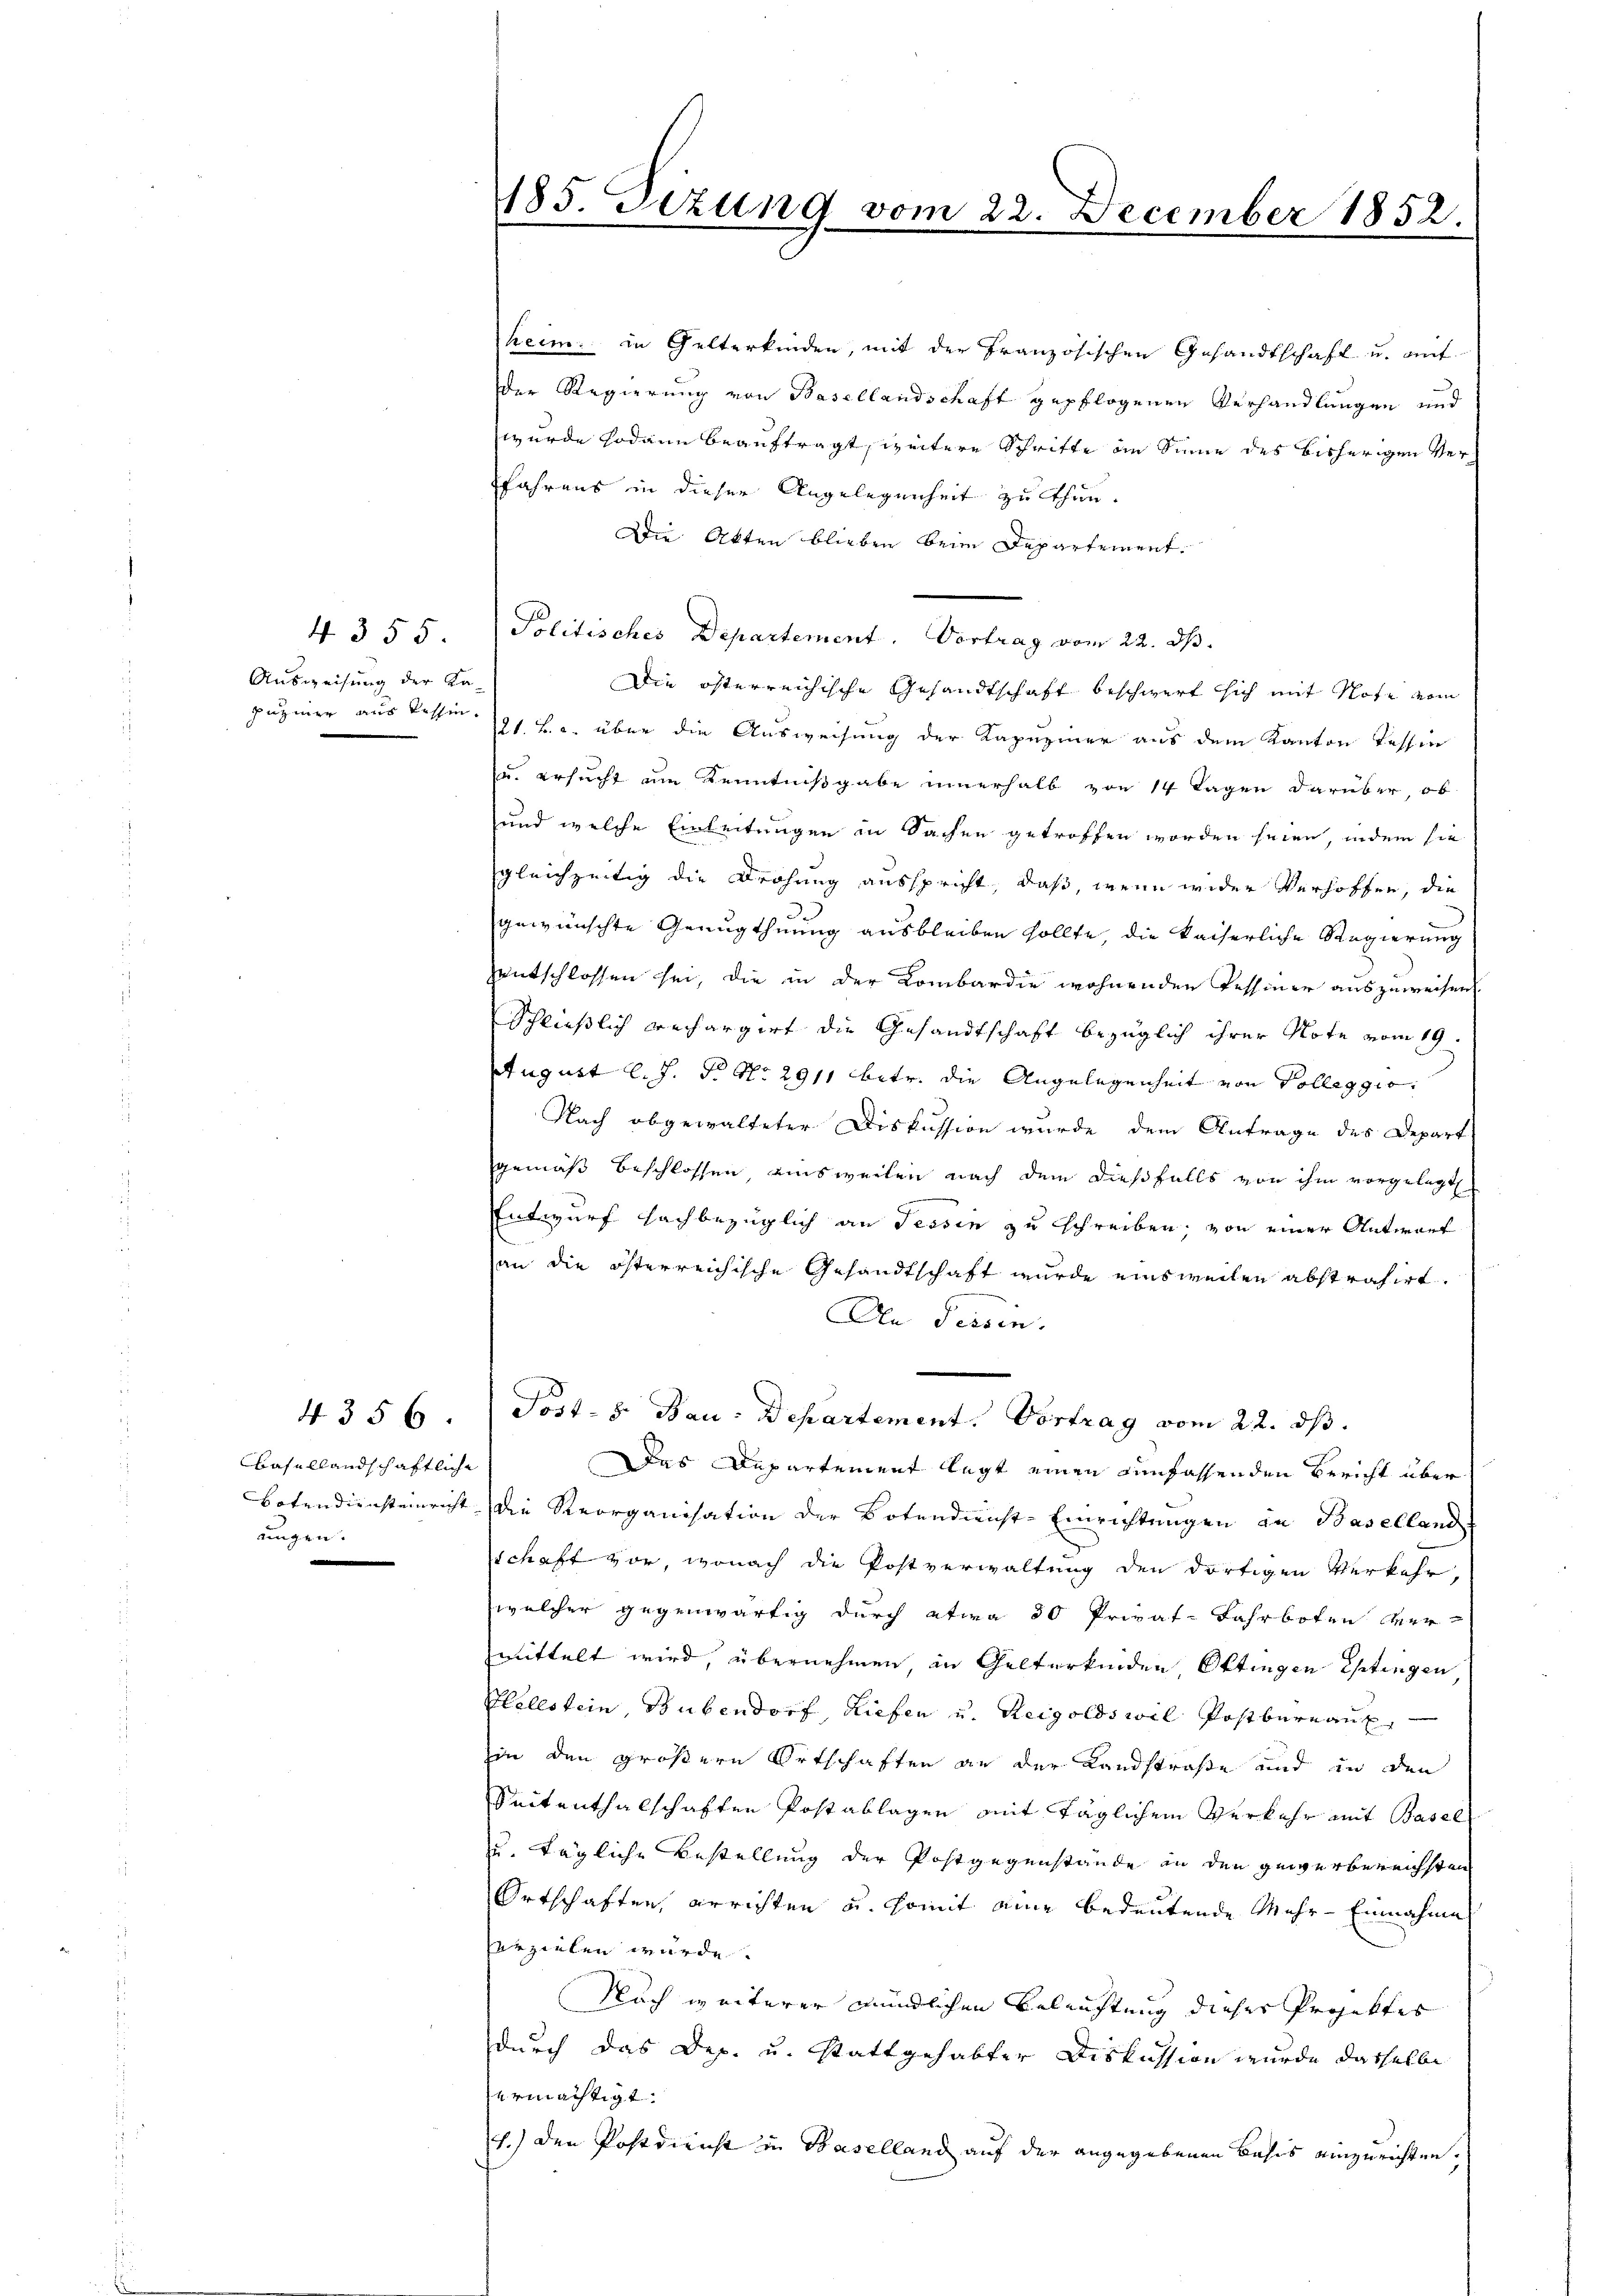
Ausweisung der Ka-

4. 355

4356.
Basellandschaftliche
Botendiensteinricht
ungen.
e

185. Sizung vom 22. December 1852.

heim. in Gelterkinden, mit der französischen Gesandtschaft u. mit
der Regierung von Basellandschaft gepflogenen Verhandlungen und
wurde sodann beauftragt zeitern Schritte in Sinne des bisherigen Verfahrens in dieser Angelegenheit zu thun.
Die Akten blieben beim Departement.
Politisches Departement. Vortrag vom 22. ds.
Die österreichische Gesandtschaft beschwert sich mit Note vom
puziner aus Tessin 21. Ja. über die Ausweisung der Kapuziner aus dem Kanton Tessin
u. ersucht um Kenntnißgabe innerhalb von 14 Tagen darüber, ob
und welche Einleitungen in Sachen getroffen worden seien, indem sie
gleichzeitig die Drohung ausspricht, daß, wenn wider Verhoffen, die
gewünschte Genugthuung ausbleiben sollte, die kaiserliche Regierung
entschlossen sei, die in der Kombardie wohnenden Tessiner auszuweisen.
Schließlich rechargirt die Gesandtschaft bezüglich ihrer Note vom 19.
August l. J. P. Nr. 2911 betr. die Angelegenheit von Kolleggio
Nach abgewalteter Diskussion wurde dem Antrage des Depart
gemäß beschlossen ausweilen nach dem dießfalls von ihm vorgelegt.
Entwurf hachbezüglich an Tessin zu schreiben, von einer Antwort
an die österreichische Gesandtschaft wurde einsweilen abstrahirt.
An Tessin.
Post- & Bau: Departement. Vortrag vom 22. ds.
Das Departement legt einen einfassenden Bericht über
die Reorganisation der Botendienst-Einrichtungen an Baselland
schaft vor, wonach die Postverwaltung den dortigen Verkehr
welcher gegenwärtig durch etwa 30 Privat-Fahrboten vermittelt wird, übernehmen, in Gelterkenden Ottingen Ghtingen
Hellstein, Bubendorf, Kiefen u. Reigoldswil Postbernaux,
in den größern Ortschaften an der Landstraße und in den
Seitenthalschaften Postablagen mit täglichem Verkehr mit Basel
u. tägliche Bestellung der Postgegenstände in den gewerbereichsten
Ortschaften, errichten u. somit eine bedeutende Mehr-Einnahme
erzielen wurde.
Nach weiterer mündlichen Beleuchtung dieser Projektes
durch das Dep. u. stattgehabter Diskussion wurde dasselbe
ermächtigt.
1.) Den Postdienst in Baselland auf der angegebenen Basis einzurichten.